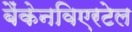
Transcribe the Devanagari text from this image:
बैंकेनविएरटेल